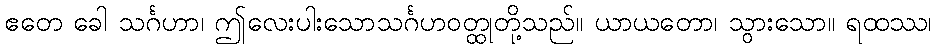
ဧတေ ခေါ သင်္ဂဟာ၊ ဤလေးပါးသောသင်္ဂဟဝတ္ထုတို့သည်။ ယာယတော၊ သွားသော။ ရထဿ၊